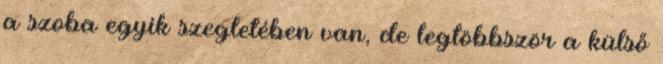
a szoba egyik szegletében van, de legtöbbször a külső